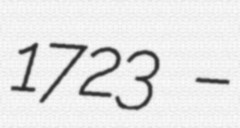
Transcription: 1723 –